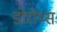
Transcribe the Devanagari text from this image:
डोरोथ्स